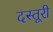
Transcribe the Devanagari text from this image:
दस्तूरी